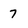
Character: 7